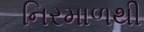
નિરમાળથી